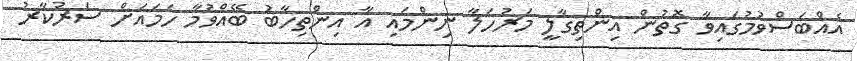
އެއްބަސްވުމުގައިވާ ގޮތުން އިންތިގާލީ މަރުހަލާ ނިންމައި އާ އިންތިހާބު ބޭއްވުމާ ހަމައަށް ސަރުކާރު